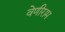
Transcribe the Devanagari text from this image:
वेणीराम